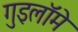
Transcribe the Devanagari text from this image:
गुइलॉमे